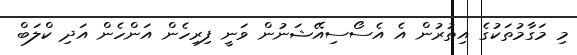
މި މަގާމުތަކުގެ އިތުރުން އެ އެސޯސިއޭޝަނުން ވަނީ ފިރިހެން އަންހެން އަދި ކްލަބް